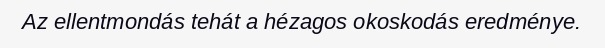
Az ellentmondás tehát a hézagos okoskodás eredménye.